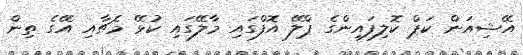
އޭޝިއަން ކަޕް ކޮލިފައިންގެ ޕްލޭ އޮފްގައި މާލޭގައި ކުޅޭ މެޗާއި އޭގެ ތިން